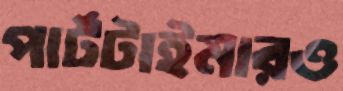
পার্টটাইমারও